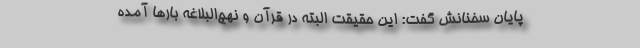
پایان سخنانش گفت‌: این حقیقت البته در قرآن و نهج‌البلاغه بارها آمده